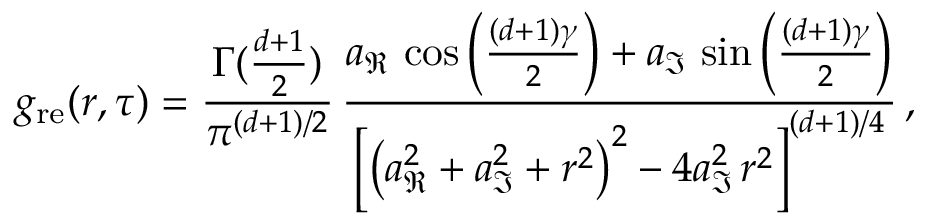
g _ { \mathrm { r e } } ( r , \tau ) = \frac { \Gamma ( \frac { d + 1 } { 2 } ) } { \pi ^ { ( d + 1 ) / 2 } } \, \frac { a _ { \Re } \, \cos \left( \frac { ( d + 1 ) \gamma } { 2 } \right) + a _ { \Im } \, \sin \left( \frac { ( d + 1 ) \gamma } { 2 } \right) } { \left[ \left( a _ { \Re } ^ { 2 } + a _ { \Im } ^ { 2 } + r ^ { 2 } \right) ^ { 2 } - 4 a _ { \Im } ^ { 2 } \, r ^ { 2 } \right] ^ { ( d + 1 ) / 4 } } \, ,